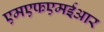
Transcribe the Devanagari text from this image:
एमएफएमईआर